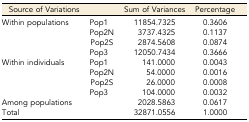
| Source of Variations |  | Sum of Variances | Percentage |
 | --- | --- | --- | --- |
 | <ROWSPAN=4> Within populations | Pop1 | 11854.7325 | 0.3606 |
 | Pop2N | 3737.4325 | 0.1137 |
 | Pop2S | 2874.5608 | 0.0874 |
 | Pop3 | 12050.7434 | 0.3666 |
 | <ROWSPAN=4> Within individuals | Pop1 | 141.0000 | 0.0043 |
 | Pop2N | 54.0000 | 0.0016 |
 | Pop2S | 26.0000 | 0.0008 |
 | Pop3 | 104.0000 | 0.0032 |
 | Among populations |  | 2028.5863 | 0.0617 |
 | Total |  | 32871.0556 | 1.0000 |